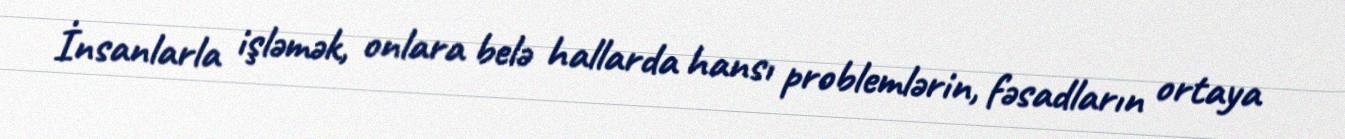
İnsanlarla işləmək, onlara belə hallarda hansı problemlərin, fəsadların ortaya